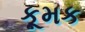
કૂમક